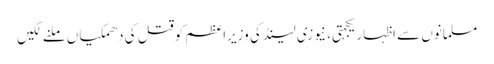
مسلمانوں سے اظہاریکجہتی، نیوزی لینڈ کی وزیراعظم کوقتل کی دھمکیاں ملنے لگیں